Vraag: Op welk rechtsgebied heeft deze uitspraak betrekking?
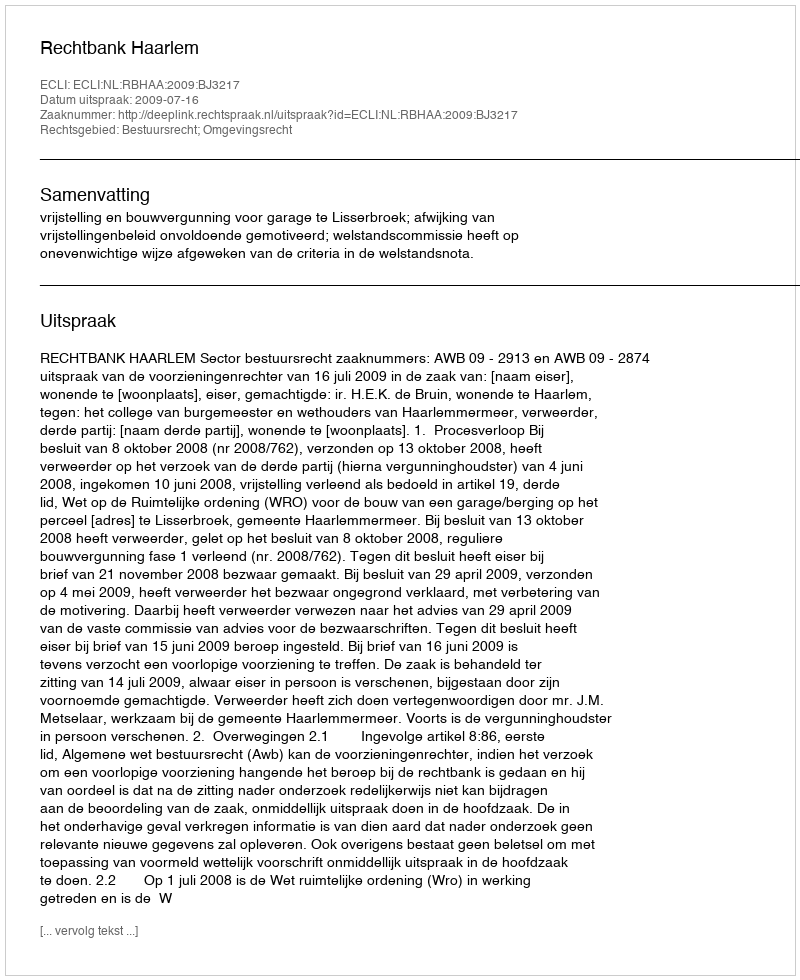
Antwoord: Bestuursrecht; Omgevingsrecht